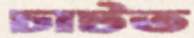
চাটত